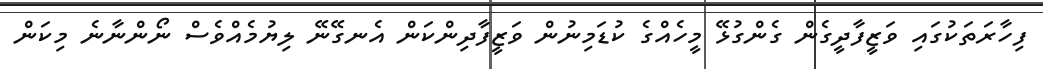
ފިހާރަތަކުގައި ވަޒީފާދީގެން ގެންގުޅޭ މީހެއްގެ ކުޑަމިނުން ވަޒީފާދިންކަން އެނގޭނޭ ލިޔުމެއްވެސް ނޯންނާނެ މިކަން